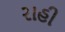
રાહી